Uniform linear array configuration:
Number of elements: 24
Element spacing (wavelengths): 0.75
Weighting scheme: hamming
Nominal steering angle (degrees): -45
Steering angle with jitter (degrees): -44.114
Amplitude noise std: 0.05
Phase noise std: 0.05

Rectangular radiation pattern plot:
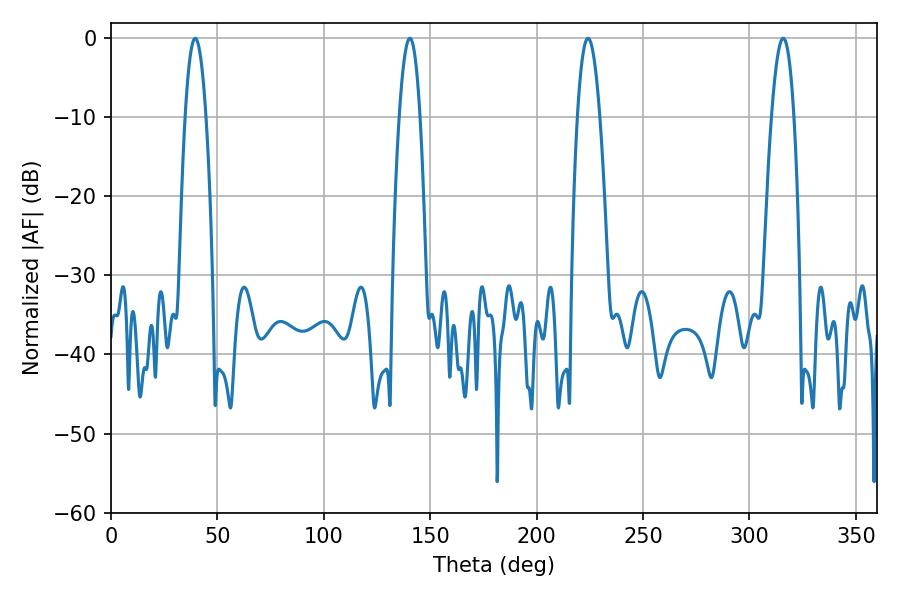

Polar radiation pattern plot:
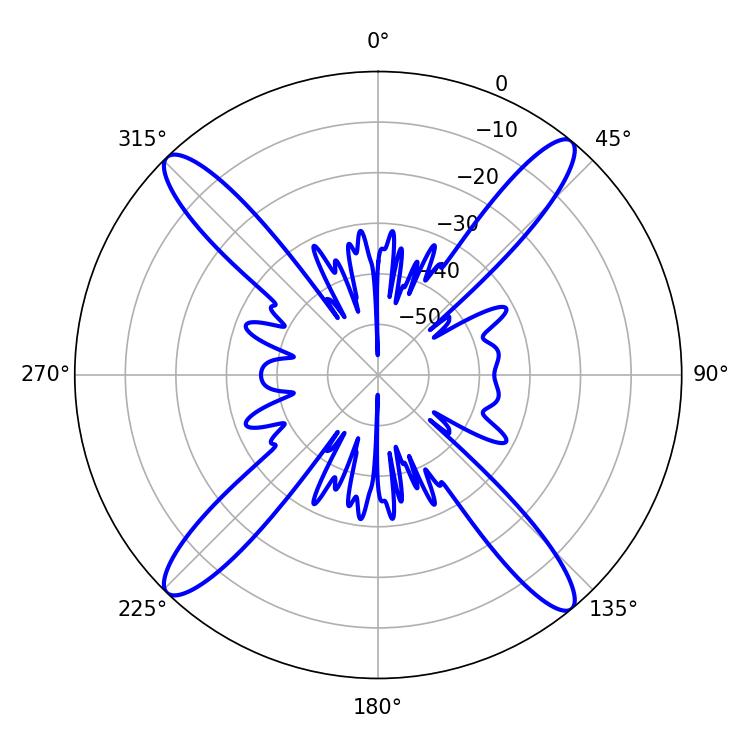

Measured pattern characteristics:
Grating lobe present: TRUE
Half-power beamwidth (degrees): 5.76
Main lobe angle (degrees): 315.9